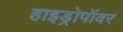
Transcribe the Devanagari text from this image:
हाइड्रोपॉवर